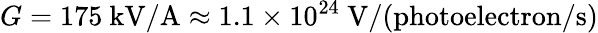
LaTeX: G=175~\mathrm{kV/A}\approx 1.1\times 10^{24}~\mathrm{V/(photoelectron/s)}